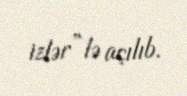
izlər”lə açılıb.